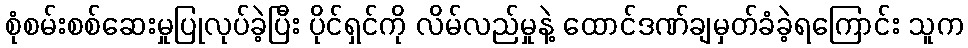
စုံစမ်းစစ်ဆေးမှုပြုလုပ်ခဲ့ပြီး ပိုင်ရှင်ကို လိမ်လည်မှုနဲ့ ထောင်ဒဏ်ချမှတ်ခံခဲ့ရကြောင်း သူက